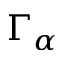
\Gamma _ { \alpha }